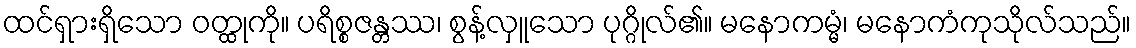
ထင်ရှားရှိသော ဝတ္ထုကို။ ပရိစ္စဇန္တဿ၊ စွန့်လှူသော ပုဂ္ဂိုလ်၏။ မနောကမ္မံ၊ မနောကံကုသိုလ်သည်။